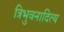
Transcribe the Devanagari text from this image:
त्रिभुवनादित्य